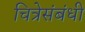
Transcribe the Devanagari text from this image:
चित्रेसंबंधी